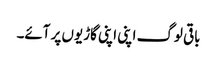
باقی لوگ اپنی اپنی گاڑیوں پر آئے۔